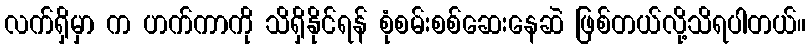
လက်ရှိမှာ က ဟက်ကာကို သိရှိနိုင်ရန် စုံစမ်းစစ်ဆေးနေဆဲ ဖြစ်တယ်လို့သိရပါတယ်။